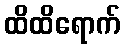
ထိထိရောက်